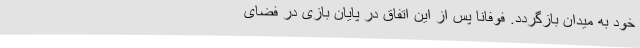
خود به میدان بازگردد. فوفانا پس از این اتفاق در پایان بازی در فضای